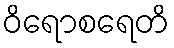
ဝိရောစရေတိ